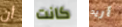
أن كانت أريد